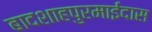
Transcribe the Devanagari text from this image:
बादशाहपुरमाईदास